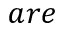
a r e